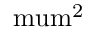
\mathrm { \ m u m ^ { 2 } }